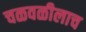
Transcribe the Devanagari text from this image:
चळवळीलाच